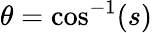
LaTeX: \theta=\cos^{-1}(s)